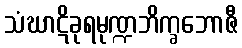
သံဃာဋိခုရမုဏ္ဍဘိက္ခဘောဇီ